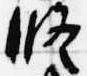
修